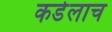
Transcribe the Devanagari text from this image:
कडेलाच